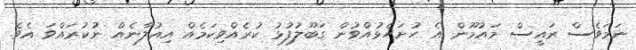
ނަމަވެސް ރައީސް މައުމޫން އެ ހުށަހެޅުއްވުން ގަބޫލުފުޅު ކުރެއްވިކަމެއް އިއުލާނެއް ނުކުރައްވަ އެވެ.